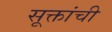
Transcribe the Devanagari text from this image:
सूक्तांची